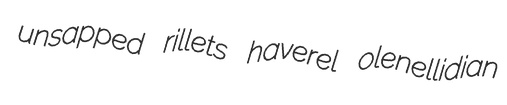
unsapped rillets haverel olenellidian